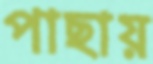
পাছায়